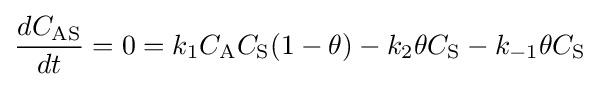
{\frac {dC_{\mathrm {AS} }}{dt}}=0=k_{1}C_{\mathrm {A} }C_{\mathrm {S} }(1-\theta )-k_{2}\theta C_{\mathrm {S} }-k_{-1}\theta C_{\mathrm {S} }